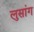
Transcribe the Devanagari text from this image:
लुसांग